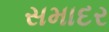
સમાદર